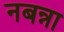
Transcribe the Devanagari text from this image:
नबन्ना